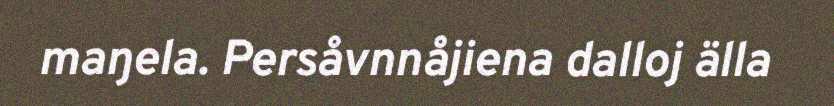
maŋela. Persåvnnåjiena dalloj älla